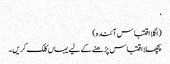
‘
(اگلا اقتباس آئندہ)
پچھلا اقتباس پڑھنے کے لیے یہاں کلک کریں۔